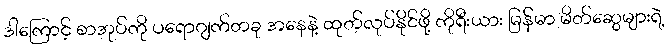
ဒါကြောင့် စာအုပ်ကို ပရောဂျက်တခု အနေနဲ့ ထုတ်လုပ်နိုင်ဖို့ ကိုရီးယား မြန်မာ မိတ်ဆွေများရဲ့